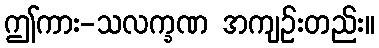
ဤကား-သလက္ခဏ အကျဉ်းတည်း။